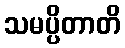
သမပ္ပိတာတိ